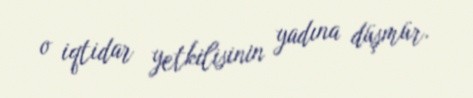
o iqtidar yetkilisinin yadına düşmür.